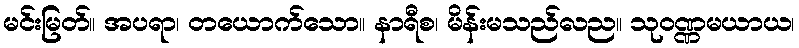
မင်းမြတ်။ အပရာ၊ တယောက်သော။ နာရီစ၊ မိန်းမသည်လည။ သုဝဏ္ဏမယာယ၊